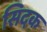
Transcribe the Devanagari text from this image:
सिदक